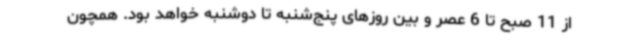
از 11 صبح تا 6 عصر و بین روزهای پنج‌شنبه تا دوشنبه خواهد بود. همچون